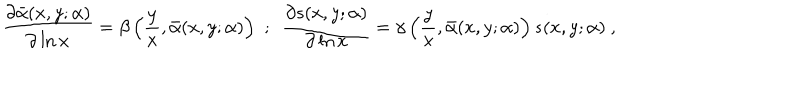
\frac { \partial \bar { \alpha } ( x , y ; \alpha ) } { \partial \ln x } = \beta \left( \frac { y } { x } , \bar { \alpha } ( x , y ; \alpha ) \right) \, \, ; \, \, \, \frac { \partial s ( x , y ; \alpha ) } { \partial \ln x } = \gamma \left( \frac { y } { x } , \bar { \alpha } ( x , y ; \alpha ) \right) s ( x , y ; \alpha ) ~ ,